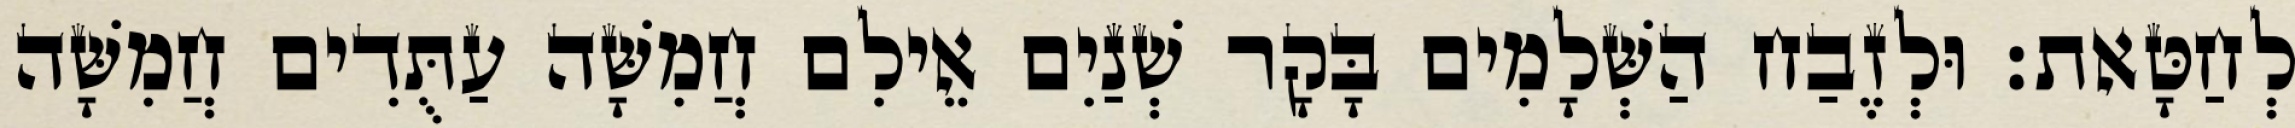
לְחַטָּאת׃ וּלְזֶבַח הַשְּׁלָמִים בָּקָר שְׁנַיִם אֵילִם חֲמִשָּׁה עַתֻּדִים חֲמִשָּׁה